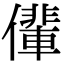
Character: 𠐡